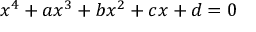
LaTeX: x ^ { 4 } + a x ^ { 3 } + b x ^ { 2 } + c x + d = 0